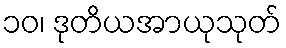
၁၀၊ ဒုတိယအာယုသုတ်